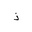
Letter: _thal